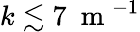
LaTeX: k\lesssim 7~\mathrm{~m~}^{-1}